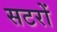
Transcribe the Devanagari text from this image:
सटरों